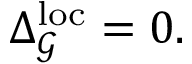
\begin{array} { r } { \Delta _ { \mathcal { G } } ^ { \mathrm { l o c } } = 0 . } \end{array}